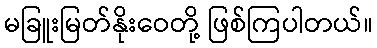
မခြူးမြတ်နိုးဝေတို့ ဖြစ်ကြပါတယ်။